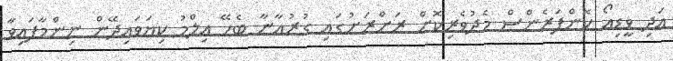
އަދި ވީޑިއޯ ކޮންފަރެންސް މެދުވެރިކޮށް ރަށްރަށުގައި ގުރުއާނާ ބެހޭ އިލްމު ކިޔަވައިދޭން ނިންމާފައިވާ